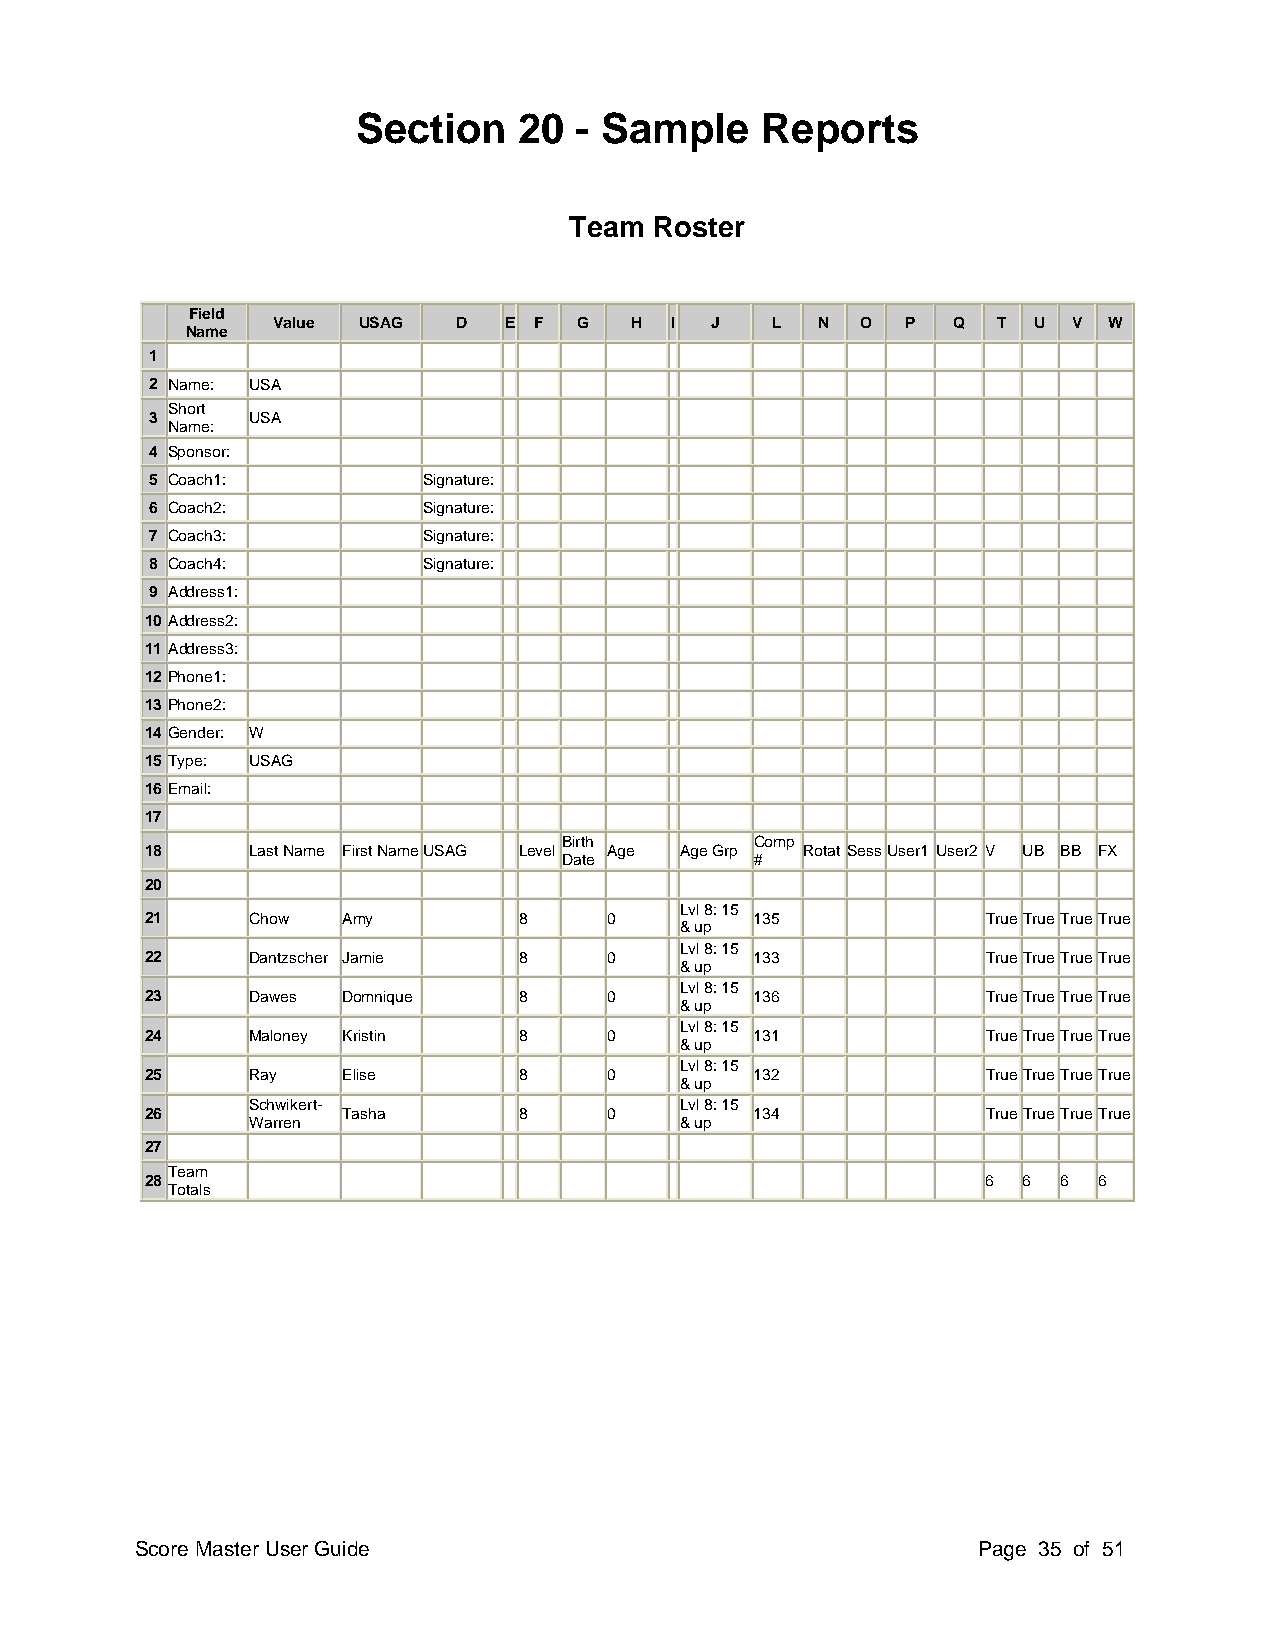
Section   20  - Sample    Reports
 Team Roster
 Field
 Value USAG  D  E F  G   H I  J   L  N  O  P  Q  T U  V W
 Name
 1
 2 Name: USA
 Short
 3     USA
 Name:
 4 Sponsor:
 5 Coach1:         Signature:
 6 Coach2:         Signature:
 7 Coach3:         Signature:
 8 Coach4:         Signature:
 9 Address1:
 10 Address2:
 11 Address3:
 12 Phone1:
 13 Phone2:
 14 Gender: W
 15 Type: USAG
 16 Email:
 17
 Birth        Comp
 18    Last Name First Name USAG Level Age Age Grp Rotat Sess User1 User2 V UB BB FX
 Date         #
 20
 Lvl 8: 15
 21    Chow   Amy        8     0         135            True True True True
 & up
 Lvl 8: 15
 22    Dantzscher Jamie  8     0         133            True True True True
 & up
 Lvl 8: 15
 23    Dawes  Domnique   8     0         136            True True True True
 & up
 Lvl 8: 15
 24    Maloney Kristin   8     0         131            True True True True
 & up
 Lvl 8: 15
 25    Ray    Elise      8     0         132            True True True True
 & up
 Schwikert-                   Lvl 8: 15
 26           Tasha      8     0         134            True True True True
 Warren                       & up
 27
 Team
 28                                                     6  6 6  6
 Totals
 Score Master User Guide                                 Page 35 of 51